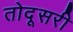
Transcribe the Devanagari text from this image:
तोदूसरी